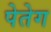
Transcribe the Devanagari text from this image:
पेतेग